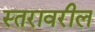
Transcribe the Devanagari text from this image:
स्‍तरावरील